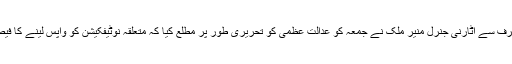
حکومت کی طرف سے اٹارنی جنرل منیر ملک نے جمعہ کو عدالتِ عظمیٰ کو تحریری طور پر مطلع کیا کہ متعلقہ نوٹیفکیشن کو واپس لینے کا فیصلہ کیا گیا ہے۔